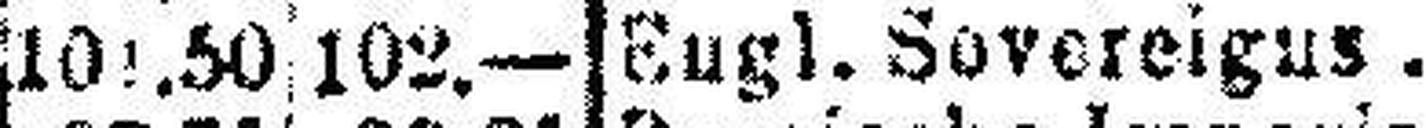
Eugl. Sovereigus